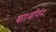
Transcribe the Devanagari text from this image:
था।मोर्गन